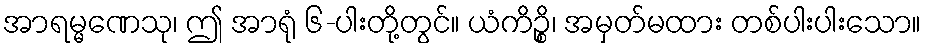
အာရမ္မဏေသု၊ ဤ အာရုံ ၆-ပါးတို့တွင်။ ယံကိဉ္စိ၊ အမှတ်မထား တစ်ပါးပါးသော။